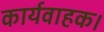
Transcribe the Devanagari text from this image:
कार्यवाहक।